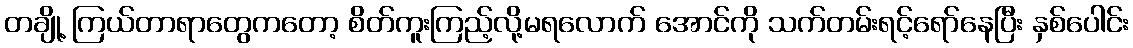
တချို့ ကြယ်တာရာတွေကတော့ စိတ်ကူးကြည့်လို့မရလောက် အောင်ကို သက်တမ်းရင့်ရော်နေပြီး နှစ်ပေါင်း